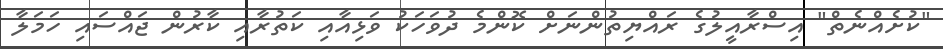
"ކުށެއްނެތް" އިސްރާއީލުގެ ރައްޔިތުންނަށް ކޮންމެ ދުވަހަކު ވަޅިއާއި ކަތުރާއި ކާރުން ޖައްސައި ހަމަލާ